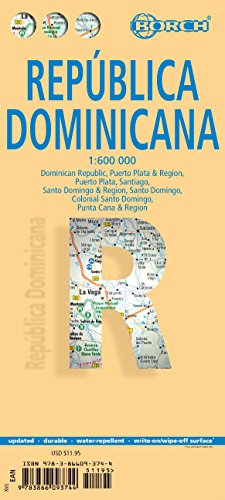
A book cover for Laminated Dominican Republic Map by Borch (English, Spanish, French, Italian and German Edition); Borch; Travel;